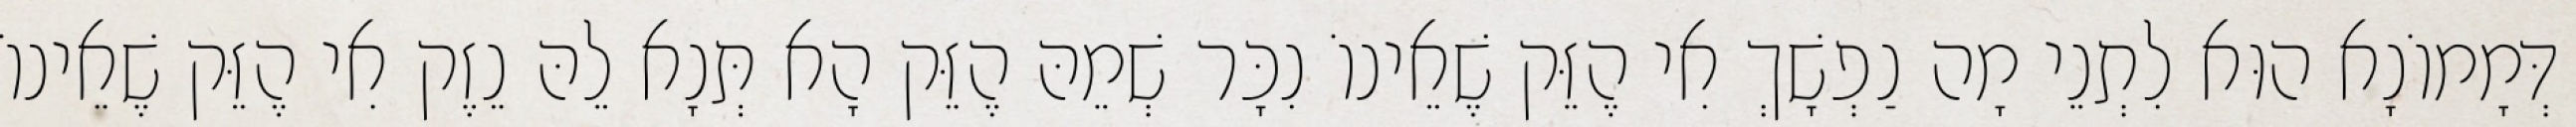
דְּמָמוֹנָא הוּא לִתְנֵי מָה נַפְשָׁךְ אִי הֶזֵּק שֶׁאֵינוֹ נִכָּר שְׁמֵהּ הֶזֵּק הָא תְּנָא לֵהּ נֵזֶק אִי הֶזֵּק שֶׁאֵינוֹ